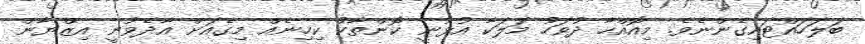
ބަލަހައްޓައިގެންނެވެ. މިއޮއްހާ ދުވަހު މަލަކާ އުޅުނީ ކޮންތާކު ކިހިނެއް މިގެއަށް އާދެވުނީ އިޒްޔާން